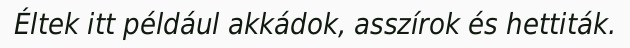
Éltek itt például akkádok, asszírok és hettiták.